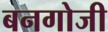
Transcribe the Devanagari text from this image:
बनगोजी